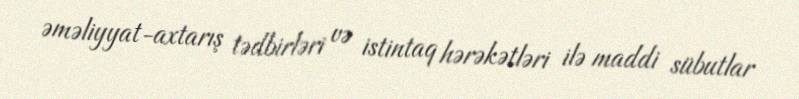
əməliyyat-axtarış tədbirləri və istintaq hərəkətləri ilə maddi sübutlar